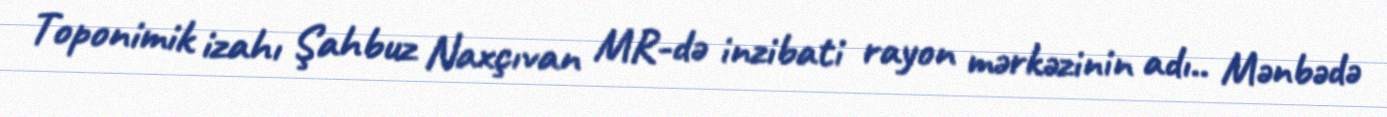
Toponimik izahı Şahbuz Naxçıvan MR-də inzibati rayon mərkəzinin adı.. Mənbədə